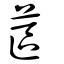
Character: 蓲